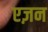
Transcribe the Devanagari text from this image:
एज़न